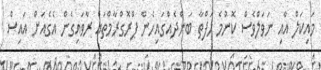
މައިކަލް އާއި ނަވަލްވެސް ކޮންމެ ހަފްތާ ބަންދެއްގައިހެން ޕްރޮގްރާމްތައް ރާވައިގެން އެގެއަށް އައިސް